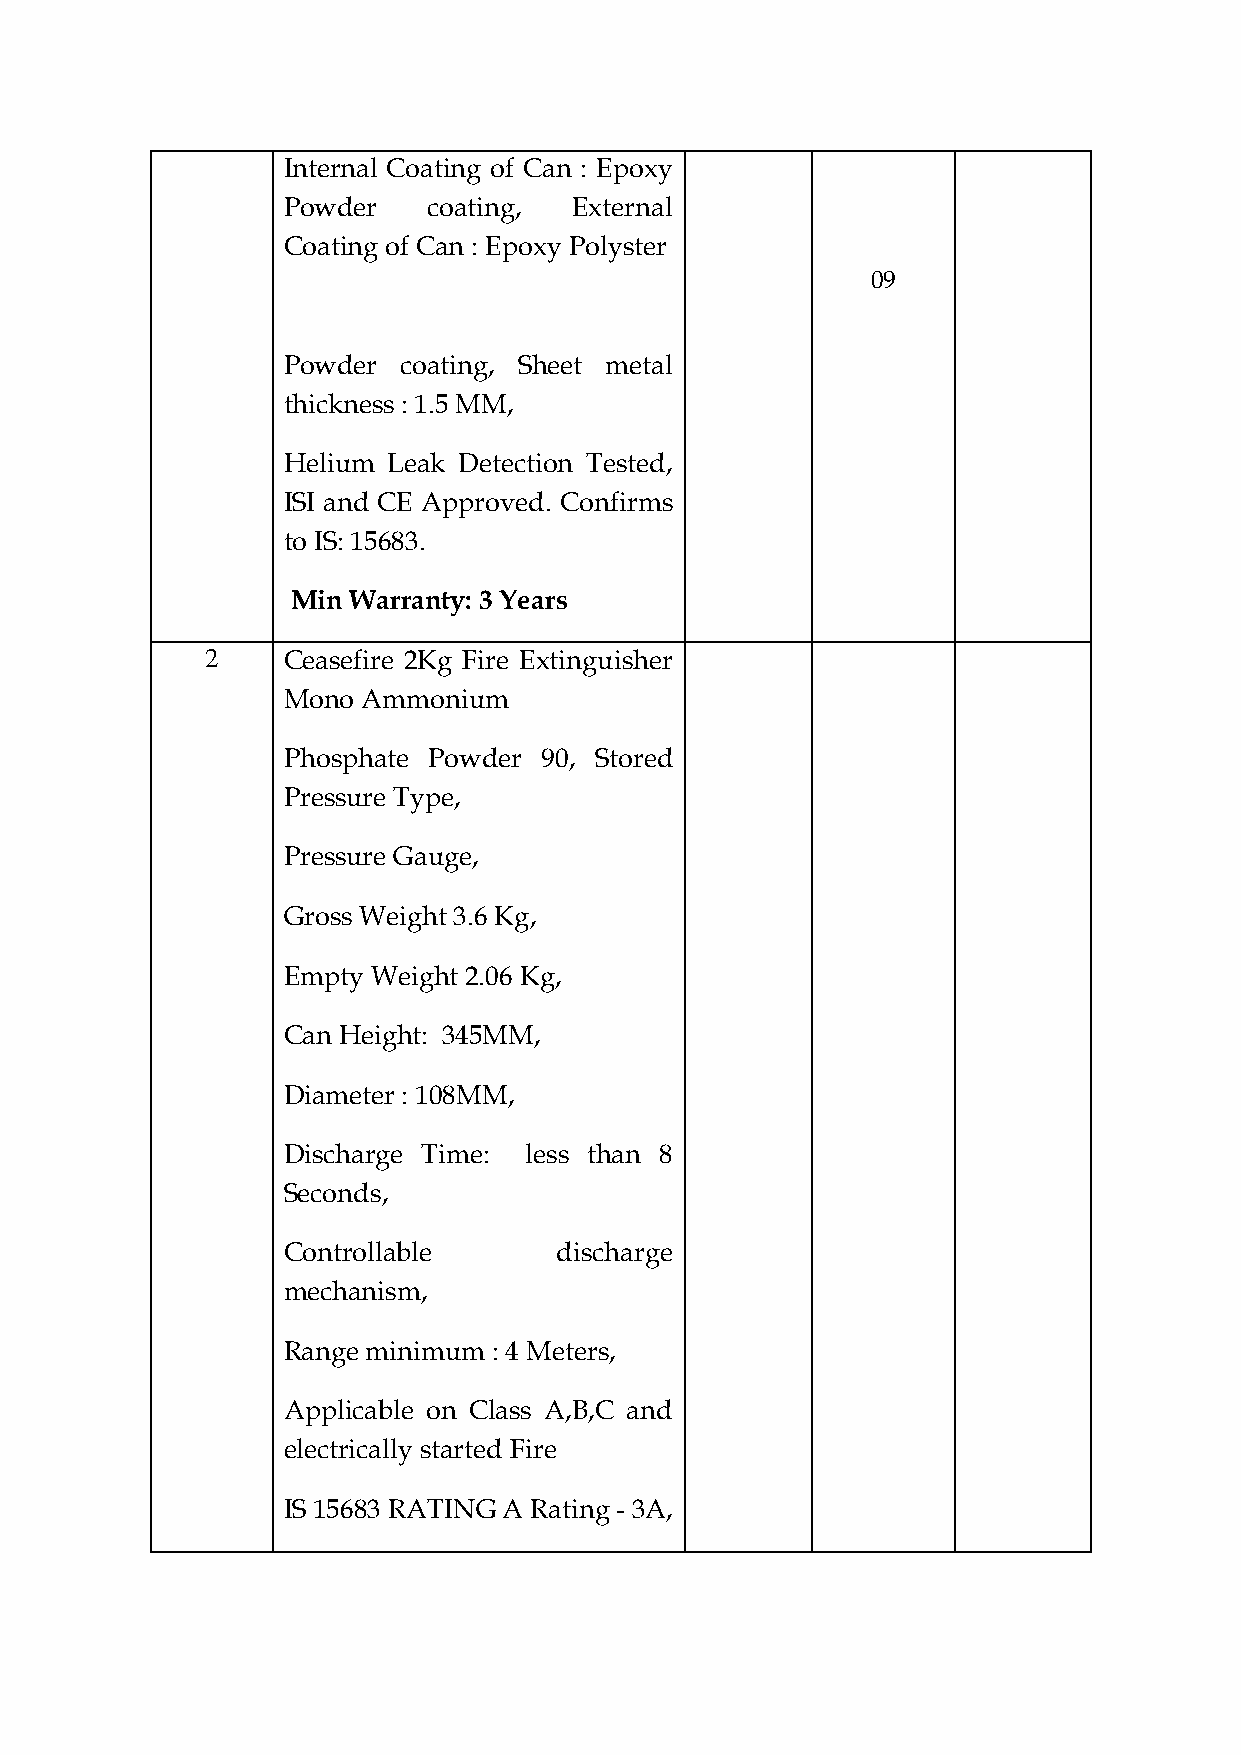
Internal Coating of Can : Epoxy
 Powder   coating,  External
 Coating of Can : Epoxy Polyster
 09
 Powder  coating, Sheet metal
 thickness : 1.5 MM,
 Helium Leak Detection Tested,
 ISI and CE Approved. Confirms
 to IS: 15683.
 Min Warranty: 3 Years
 2    Ceasefire 2Kg Fire Extinguisher
 Mono Ammonium
 Phosphate Powder 90, Stored
 Pressure Type,
 Pressure Gauge,
 Gross Weight 3.6 Kg,
 Empty Weight 2.06 Kg,
 Can Height: 345MM,
 Diameter : 108MM,
 Discharge Time: less than 8
 Seconds,
 Controllable      discharge
 mechanism,
 Range minimum : 4 Meters,
 Applicable on Class A,B,C and
 electrically started Fire
 IS 15683 RATING A Rating - 3A,